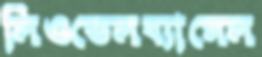
লিওন্ডেলব্যাসেল